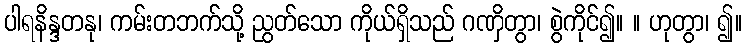
ပါရနိန္ဒတနု၊ ကမ်းတဘက်သို့ ညွတ်သော ကိုယ်ရှိသည် ဂဏှိတွာ၊ စွဲကိုင်၍။ ။ ဟုတွာ၊ ၍။